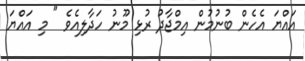
އައްޔަ އެހެން ބުނުމުން އިމްޖާދު ރުޅި މޫނު ހަދާލިއެވެ " މި އައްޔަ